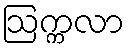
ဩက္ကလာ